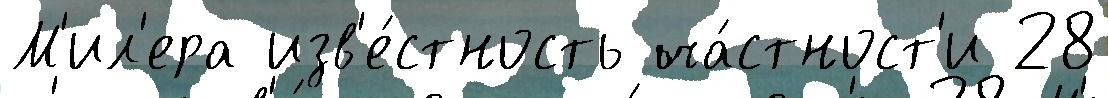
М'ил'ера изв'е́стность ча́стност'и 28